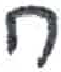
אות: ח